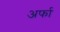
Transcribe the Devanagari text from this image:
अर्फा